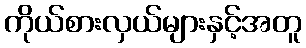
ကိုယ်စားလှယ်များနှင့်အတူ